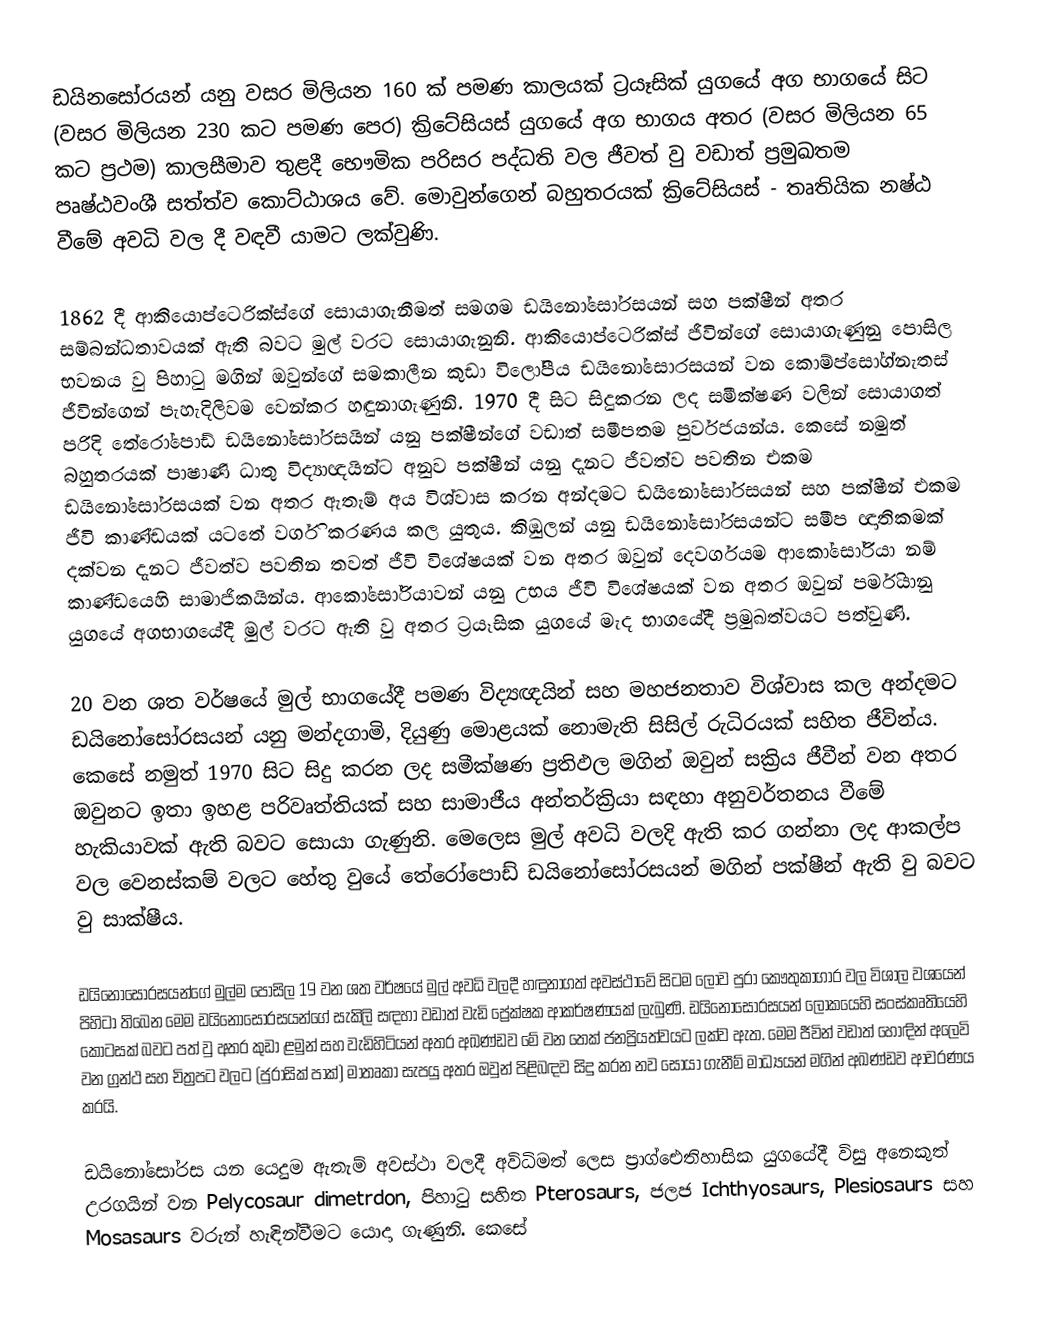
ඩයිනසෝරයන් යනු වසර මිලියන 160 ක් පමණ කාලයක් ට්‍රයෑසික් යුගයේ අග භාගයේ සිට (වසර මිලියන 230 කට පමණ පෙර) ක්‍රිටේසියස් යුග‍යේ අග භාගය අතර (වසර මිලියන 65 කට ප්‍රථම) කාලසීමාව තුළදී භෞමික පරිසර පද්ධති වල ජීවත් වු වඩාත් ප්‍රමුඛතම පෘෂ්ඨවංශී සත්ත්ව කොට්ඨාශය වේ. මොවුන්ගෙන් බහුතරයක් ක්‍රිටේසියස් - තෘතියික නෂ්ඨ වීමේ අවධි වල දී වඳවී යාමට ලක්වුණි.

1862 දී ආකියොප්ටෙරික්ස්ගේ සොයාගැනීමත් සමගම ඩයිනෝසෝරසයන් සහ පක්ෂීන් අතර සම්බන්ධතාවයක් ඇති බවට මුල් වරට සොයාගැනුනි. ආකියොප්ටෙරික්ස් ජීවින්ගේ සොයාගැණුනු පොසිල භවනය වු පිහාටු මගින් ඔවුන්ගේ සමකාලීන කුඩා විලෝපීය ඩයිනෝසොරසයන් වන කොම්ප්සෝග්නැතස් ජීවින්ගෙන් පැහැදිලිවම වෙන්කර හඳුනාගැණුනි. 1970 දී සිට සිදුකරන ලද සමීක්ෂණ වලින් සොයාගත් පරිදි තේරෝපොඩ් ඩයිනෝසෝරසයින් යනු පක්ෂීන්ගේ වඩාත් සමීපතම පුර්වජයන්ය. කෙසේ නමුත් බහුතරයක් පාෂාණි ධාතු විද්‍යාඥයින්ට අනුව පක්ෂීන් යනු දැනට ජීවත්ව පවතින එකම ඩයිනෝසෝරසයක් වන අතර ඇතැම් අය විශ්වාස කරන අන්දමට ඩයිනෝසෝරසයන් සහ පක්ෂීන් එකම ජීවි කාණ්ඩයක් යටතේ වර්ගි කරණය කල යුතුය. කිඹුලන් යනු ඩයි‍නෝසෝරසයන්ට සමීප ඥාතිකමක් දක්වන දැනට ජීවත්ව පවතින තවත් ජීවි විශේෂයක් වන අතර ඔවුන් දෙවර්ගයම ආකෝසෝරියා නම් කාණ්ඩයෙහි සාමාජිකයින්ය. ආකෝසෝරියාවන් යනු උභය ජීවි විශේෂයක් වන අතර ඔවුන් පර්මියානු යුගයේ අගභාගයේදී මුල් වරට ඇති වු අතර ට්‍රයෑසික යුගයේ මැද භාගයේදී ප්‍රමුඛත්වයට පත්වුණි.

20 වන ශත වර්ෂයේ මුල් භාගයේදී පමණ විද්‍යඥයින් සහ මහජනතාව විශ්වාස කල අන්දමට ඩයිනෝසෝරසයන් යනු මන්දගාමි, දියුණු මොළයක් නොමැති සිසිල් රුධිරයක් සහිත ජීවින්ය. කෙසේ නමුත් 1970 සිට සිදු කරන ලද සමීක්ෂණ ප්‍රතිඵල මගින් ඔවුන් සක්‍රිය ජීවීන් වන අතර ඔවුනට ඉතා ඉහළ පරිවෘත්තියක් සහ සාමාජීය අන්තර්ක්‍රියා සඳහා අනුවර්තනය වීමේ හැකියාවක් ඇති බවට සොයා ගැණුනි. මෙලෙස මුල් අවධි වලදි ඇති කර ගන්නා ලද ආකල්ප වල වෙනස්කම් ‍වලට හේතු වුයේ තේරෝපොඩ් ඩයිනෝසෝරසයන් මගින් පක්ෂීන් ඇති වු බවට වු සාක්ෂීය.

ඩයිනෝසෝරසයන්ගේ මුල්ම පොසිල 19 වන ශත වර්ෂයේ මුල් අවධි වලදී හඳුනාගත් අවස්ථාවේ සිටම ලොව පුරා කෞතුකාගාර වල විශාල වශයෙන් පිහිටා තිබෙන මෙම ඩයිනෝසෝරසයන්ගේ සැකිලි සඳහා වඩාත් වැඩි ප්‍රේක්ෂක ආකර්ෂණයක් ලැබුණි. ඩයිනෝසෝරසයන් ලෝකයෙහි සංස්කෘතියෙහි කොටසක් බවට පත් වු අතර කුඩා ළමුන් සහ වැඩිහිටියන් අතර අඛණ්ඩව මේ වන තෙක් ජනප්‍රියත්වයට ලක්ව ඇත. මෙම ජීවින් වඩාත් හොඳින් අලෙවි වන ග්‍රන්ථ සහ චිත්‍රපට වලට (ජුරාසික් පාක්) මාතෘකා සැපයු අතර ඔවුන් පිළිබඳව සිදු කරන නව සොයා ගැනීම් මාධ්‍යයන් මගින් අඛණ්ඩව ආවරණය කරයි.

ඩයිනෝසෝරස යන යෙදුම ඇතැම් අවස්ථා වලදී අවිධිමත් ලෙස ප්‍රාග්ඓතිහාසික යුගයේදී විසු අනෙකුත් උරගයින් වන Pelycosaur dimetrdon, පිහාටු සහිත Pterosaurs, ජලජ Ichthyosaurs, Plesiosaurs සහ Mosasaurs වරුන් හැඳින්වීමට යොදා ගැණුනි. කෙසේ